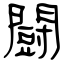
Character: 闘